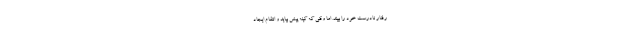
رفتار نادرست خود را ببیند. اما وقتی که کینه پیش بیاید و انتقام ایجاد